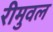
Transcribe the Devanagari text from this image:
रीमुवल